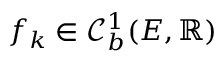
f _ { k } \in \mathcal { C } _ { b } ^ { 1 } ( E , \mathbb { R } )